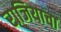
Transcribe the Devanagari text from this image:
राजियाचा